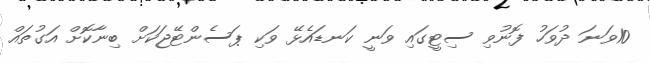
10ވަނަ ދުވަހު ފޮނުވި ސިޓީގައި ވަނީ ކަނޑައެޅޭ ވަކި ޕަސެންޓޭޖަކަށް ބިނާކޮށް އަގުތައް